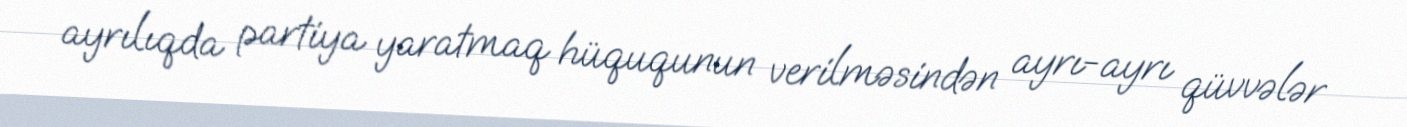
ayrılıqda partiya yaratmaq hüququnun verilməsindən ayrı-ayrı qüvvələr